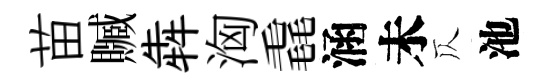
苗贓犇洶毳涵未仄池